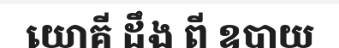
យោគី ដឹង ពី ឧបាយ